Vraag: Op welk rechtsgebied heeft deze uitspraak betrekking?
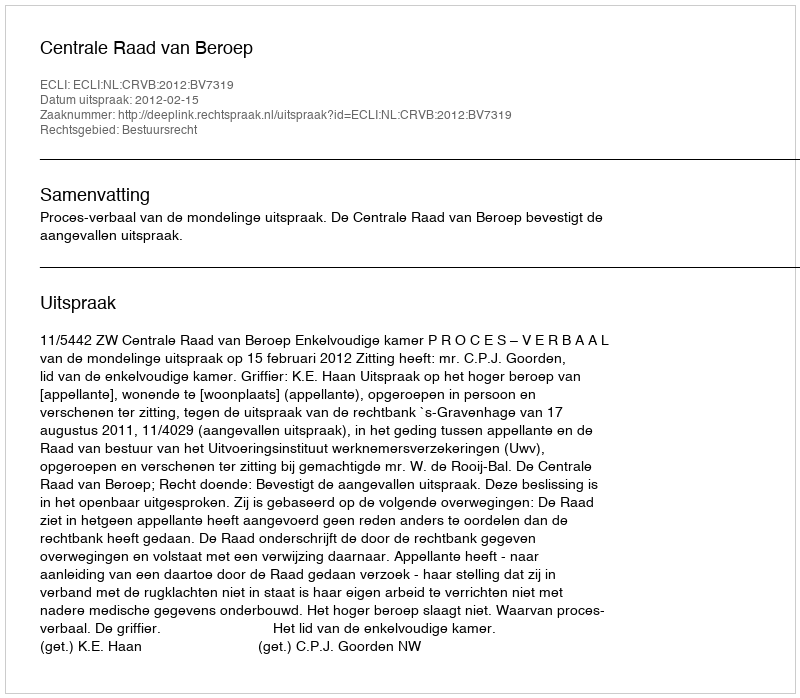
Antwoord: Bestuursrecht